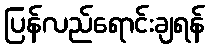
ပြန်လည်ရောင်းချရန်